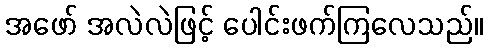
အဖော် အလဲလဲဖြင့် ပေါင်းဖက်ကြလေသည်။